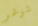
شوغر